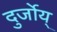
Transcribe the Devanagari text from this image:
दुर्जोय्